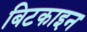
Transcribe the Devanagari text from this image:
बिटकाइन